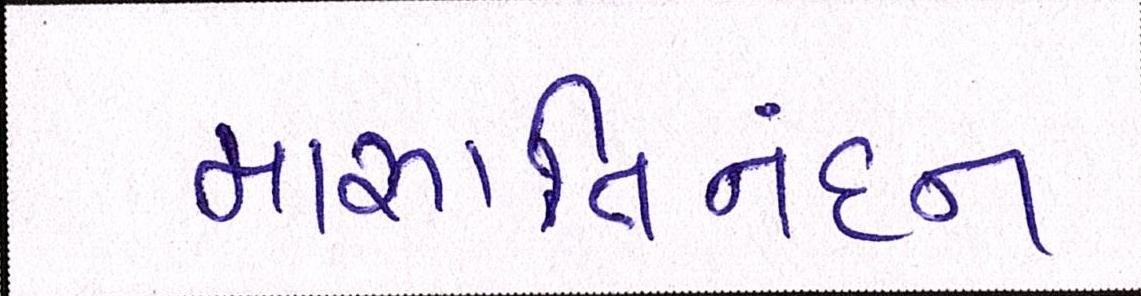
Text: મારૂતિનંદન